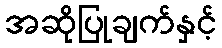
အဆိုပြုချက်နှင့်